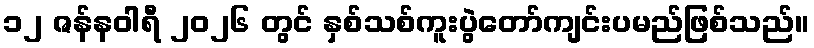
၁၂ ဇန်နဝါရီ ၂၀၂၆ တွင် နှစ်သစ်ကူးပွဲတော်ကျင်းပမည်ဖြစ်သည်။